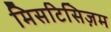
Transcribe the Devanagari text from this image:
मिसटिसिज़म